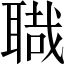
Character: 𦖱